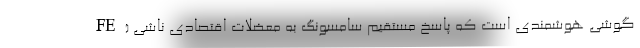
FE) گوشی هوشمندی است که پاسخ مستقیم سامسونگ به معضلات اقتصادی ناشی